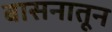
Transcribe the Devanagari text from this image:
बासनातून